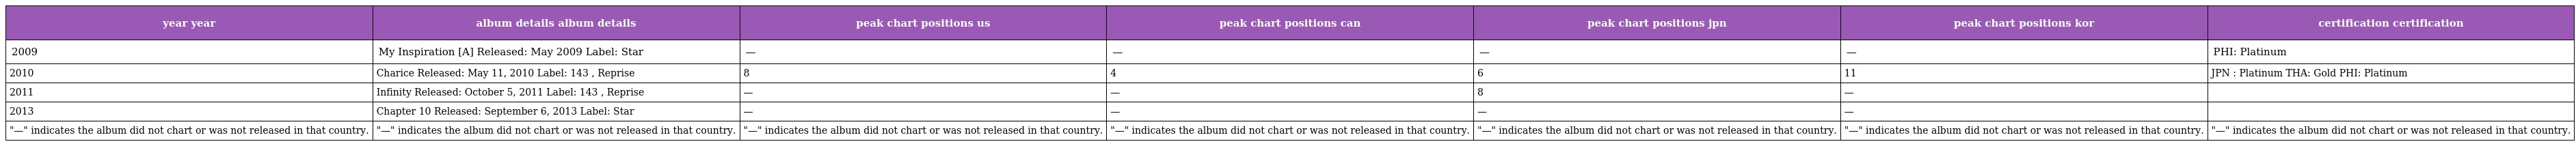
| year year | album details album details | peak chart positions us | peak chart positions can | peak chart positions jpn | peak chart positions kor | certification certification |
 | --- | --- | --- | --- | --- | --- | --- |
 | 2009 | My Inspiration [A] Released: May 2009 Label: Star | — | — | — | — | PHI: Platinum |
 | 2010 | Charice Released: May 11, 2010 Label: 143 , Reprise | 8 | 4 | 6 | 11 | JPN : Platinum THA: Gold PHI: Platinum |
 | 2011 | Infinity Released: October 5, 2011 Label: 143 , Reprise | — | — | 8 | — |  |
 | 2013 | Chapter 10 Released: September 6, 2013 Label: Star | — | — | — | — |  |
 | "—" indicates the album did not chart or was not released in that country. | "—" indicates the album did not chart or was not released in that country. | "—" indicates the album did not chart or was not released in that country. | "—" indicates the album did not chart or was not released in that country. | "—" indicates the album did not chart or was not released in that country. | "—" indicates the album did not chart or was not released in that country. | "—" indicates the album did not chart or was not released in that country. |